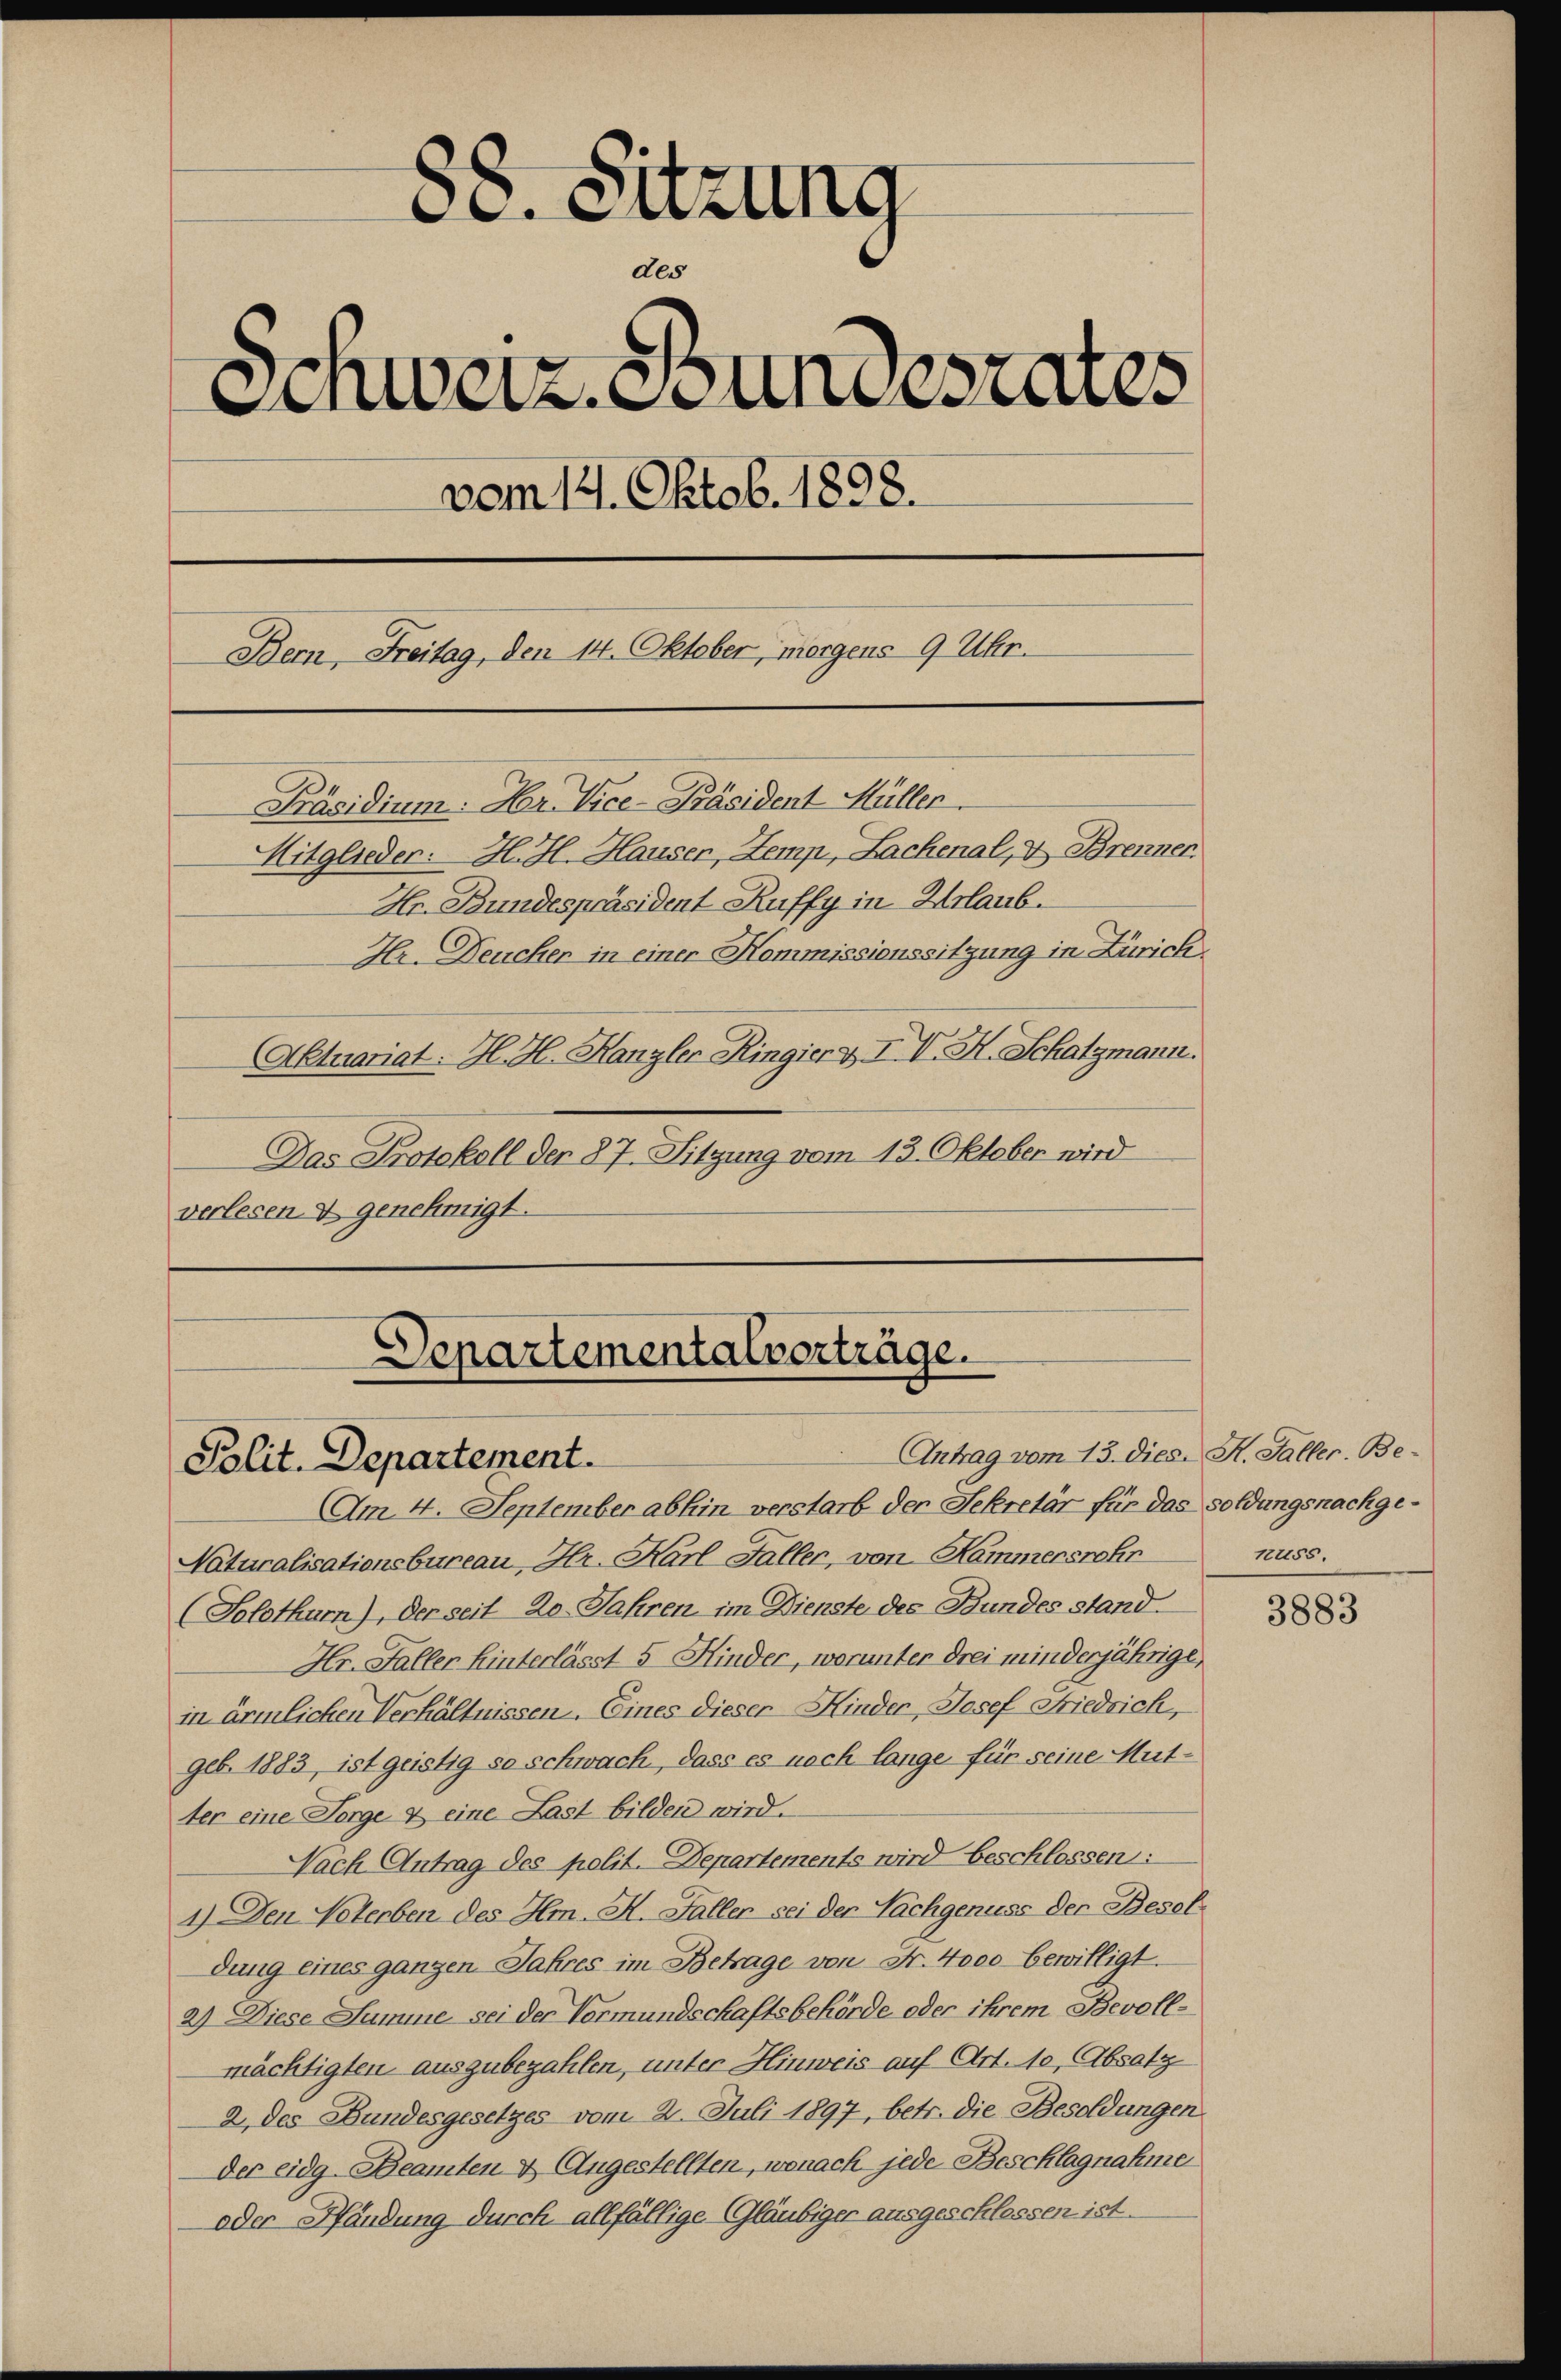
88. Sitzung
des
Einweiz. Stundesrates
vom 14. Oktob. 1898.
Bern, Freitag, den 14. Oktober, morgens 9 Uhr.
Präsidium. Hr. Vice-Präsident Müller.
Mitglieder: H. H. Hauser, Zemp, Lachenal, u. Brenner.
Hr. Bundespräsident Ruffy in Urlaub.
Hr. Deucher in einer Kommissionssitzung in Zürich.
Aktuariat: H. H. Kanzler Ringier & IV. H. Schatzmann.

Das Protokoll der 87. Sitzung vom 13. Oktober wird
verlesen & genehmigt.

Separtementalvorträge.
Antrag vom 13. dies. H. Faller. Be¬
Polit. Departement.

Am 4. September abhin verstarb der Sekretär für das soldungsnachge¬
Naturalisationsbureau, Hr. Karl Faller, von Kammersehr
(Solothurn), der seit 20. Jahren, im Dienste des Bundes stand.
Hr. Faller Hinterlässt 5 Kinder, worunter drei minderjährige,
in ärmlichen Verhältnissen. Eines dieser Kinder, Josef Friedrich,
geb. 1883, ist geistig so schwach, dass es nach lange für seine Mut-
ter eine Sorge & eine Last bilden wird.
Nach Antrag des polit. Departements wird beschlossen:
1.) Den Noterben des Hm. A. Faller sei der Nachgenuss der Beseldung eines ganzen Jahres im Betrage von Fr. 4000 bewilligt.
2) Diese Summe sei der Vormundschaftsbehörde oder ihrem Bevoll-
mächtigten auszubezahlen, unter Hinweis auf Art. 10, Absatz
2 des Bundesgesetzes vom 2. Juli 1897, betr. die Besoldungen
der eidg. Beamten & Angestellten, wonach jede Beschlagnahme
oder Hfändung durch allfällige Gläubiger ausgeschlessen ist.

12455.

3883